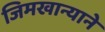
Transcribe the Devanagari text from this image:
जिमखान्याने